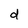
Character: d